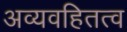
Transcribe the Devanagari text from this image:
अव्यवहितत्व